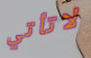
لاتأتي